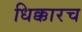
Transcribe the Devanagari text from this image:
धिक्कारच